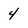
Character: 4